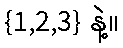
{1,2,3} နဲ့။